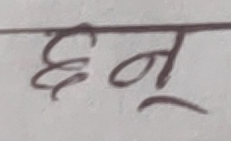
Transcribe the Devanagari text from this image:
छनू